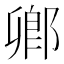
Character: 𨜊